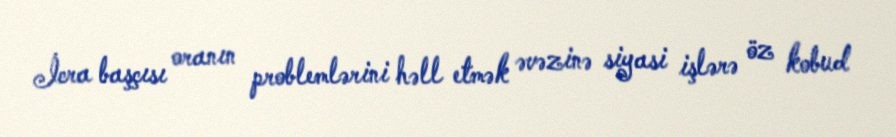
İcra başçısı oranın problemlərini həll etmək əvəzinə siyasi işlərə öz kobud